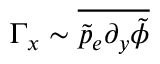
\Gamma _ { x } \sim \overline { { \tilde { p } _ { e } \partial _ { y } \tilde { \phi } } }